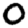
Digit: 0